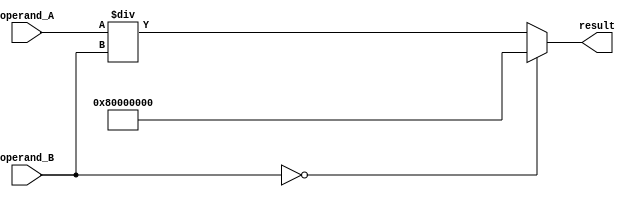
module Fractional_Divider (
    input [31:0] operand_A,
    input [31:0] operand_B,
    output reg [31:0] result
);

always @(*)
    begin
        // Check for division by zero
        if (operand_B == 0)
            result <= 32'h80000000; // indicates division by zero
        else begin
            // Perform division
            result <= operand_A / operand_B;
        end
    end

endmodule